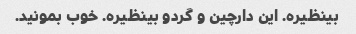
بینظیره. این دارچین و گردو بینظیره. خوب بمونید.